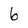
Character: 6